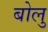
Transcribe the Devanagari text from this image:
बोलु